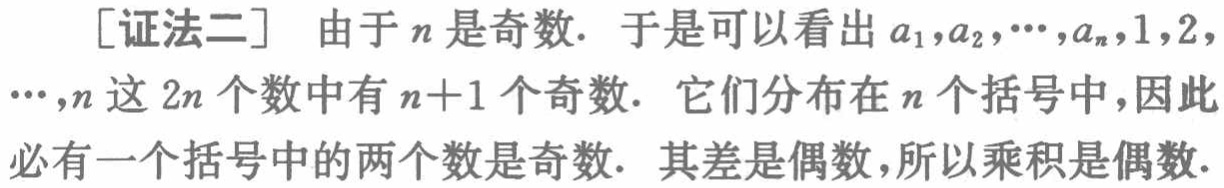
[证法二] 由于\(n\)是奇数. 于是可以看出\(a_{1},a_{2},\cdots,a_{n},1,2,\cdots,n\)这\(2n\)个数中有\(n + 1\)个奇数. 它们分布在\(n\)个括号中,因此必有一个括号中的两个数是奇数. 其差是偶数,所以乘积是偶数.